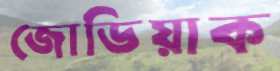
জোডিয়াক